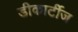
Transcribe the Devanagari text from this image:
डीकार्टीज